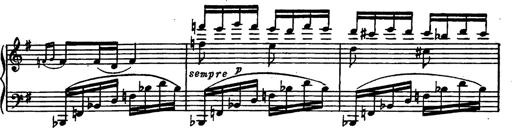
Title: Magyar rapszÃ³diÃ¡k
Composer: Franz Liszt